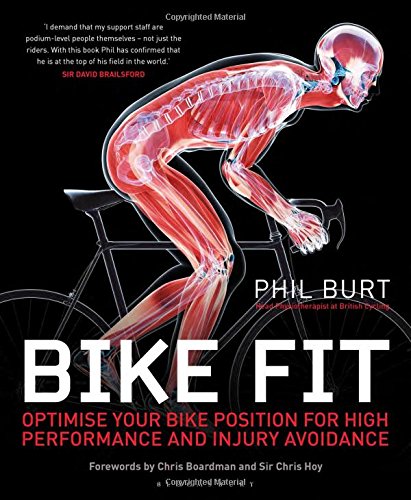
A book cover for Bike Fit: Optimise your bike position for high performance and injury avoidance; Phil Burt; Sports & Outdoors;